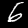
Digit: 6